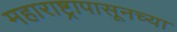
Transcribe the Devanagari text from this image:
महाराष्ट्रापासूनच्या